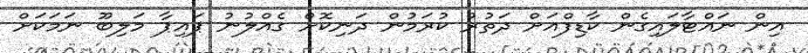
އިން ނައްޓާލައިގެން ކާޑިފްއަށް ދަތުރު ކުރަމުން ދަނިކޮށް ގެއްލުނު ޕައިޕާ މަލިބޫ ނަމަކަށް